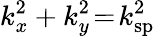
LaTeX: k_{x}^{2}+k_{y}^{2}\! =\! k_{\mathrm{sp}}^{2}